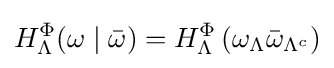
H_{\Lambda }^{\Phi }(\omega \mid {\bar {\omega }})=H_{\Lambda }^{\Phi }\left(\omega _{\Lambda }{\bar {\omega }}_{\Lambda ^{c}}\right)